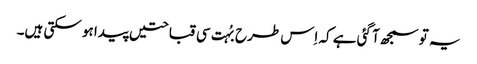
یہ تو سمجھ آ گئی ہے کہ اِس طرح بُہت سی قباحتیں پیدا ہو سکتی ہیں۔